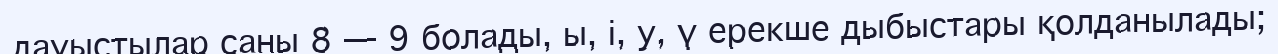
дауыстылар саны 8 — 9 болады, ы, і, у, ү ерекше дыбыстары қолданылады;